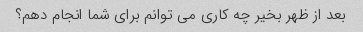
بعد از ظهر بخیر چه کاری می توانم برای شما انجام دهم؟